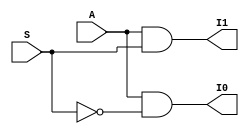
`timescale 1ns / 1ps
//////////////////////////////////////////////////////////////////////////////////
// Company: 
// Engineer: 
// 
// Design Name: 
// Module Name: demux1_2
// Project Name: 
// Target Devices: 
// Tool Versions: 
// Description: 
// 
// Dependencies: 
// 
// Revision:
// Revision 0.01 - File Created
// Additional Comments:
// 
//////////////////////////////////////////////////////////////////////////////////


module demux1_2(
output I0,I1,
input A,S);
wire Sbar;
not g1(Sbar,S);
and g2(I0,A,Sbar);
and g3(I1,A,S);
endmodule
//test bench 
module demux_tb;
reg A,S;
wire I0,I1;
demux1_2 uut(
.A(A),
.S(S),
.I0(I0),
.I1(I1));
initial begin 
#10 A=1'b1;S=1'b0;
#10 A=1'b0;S=1'b1;
#10 A=1'b0;S=1'b0;
#10 A=1'b0;S=1'b0;
#10 $stop;
end 
endmodule